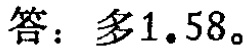
答：多$1.58$。